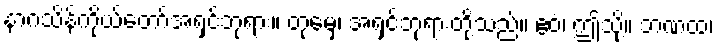
နာဂသိန်ကိုယ်တော်အရှင်ဘုရား။ တုမှေ၊ အရှင်ဘုရားတို့သည်။ ဧဝံ၊ ဤသို့။ ဘဏထ၊